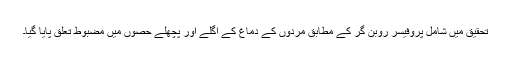
تحقیق میں شامل پروفیسر روبن گر کے مطابق مردوں کے دماغ کے اگلے اور پچھلے حصّوں میں مضبوط تعلق پایا گیا۔